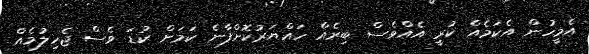
އެމީހުން އެކަމެއް ކުރީ އެއްވެސް ބިރެއް ހައްޔަރުކޮށްފާނެ ކަމަށް ކުޑަ ވެސް ޖެހިލުމެއް